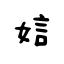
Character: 娮